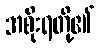
အစိုးရတို့၏